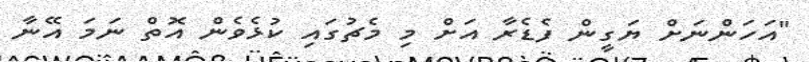
"އަހަންނަށް ޔަގީން ފެޑެރާ އަށް މި މެޗުގައި ކުޅެވެން އޮތް ނަމަ އޭނާ